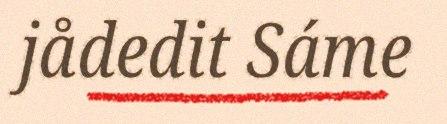
jådedit Sáme